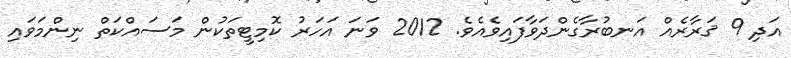
އަދި 9 ޤަރާރެއް އަނބުރާގެންދަވާފައިވެއެވެ. 2012 ވަނަ އަހަރު ކޮމިޓީތަކުން މަސައްކަތް ނިންމަވައި